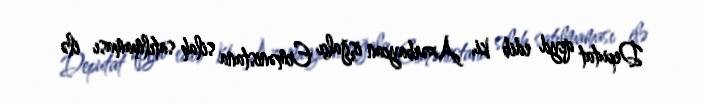
Deputat qeyd edib ki, Azərbaycan işğalçı Ermənistana silah satılmaması ilə